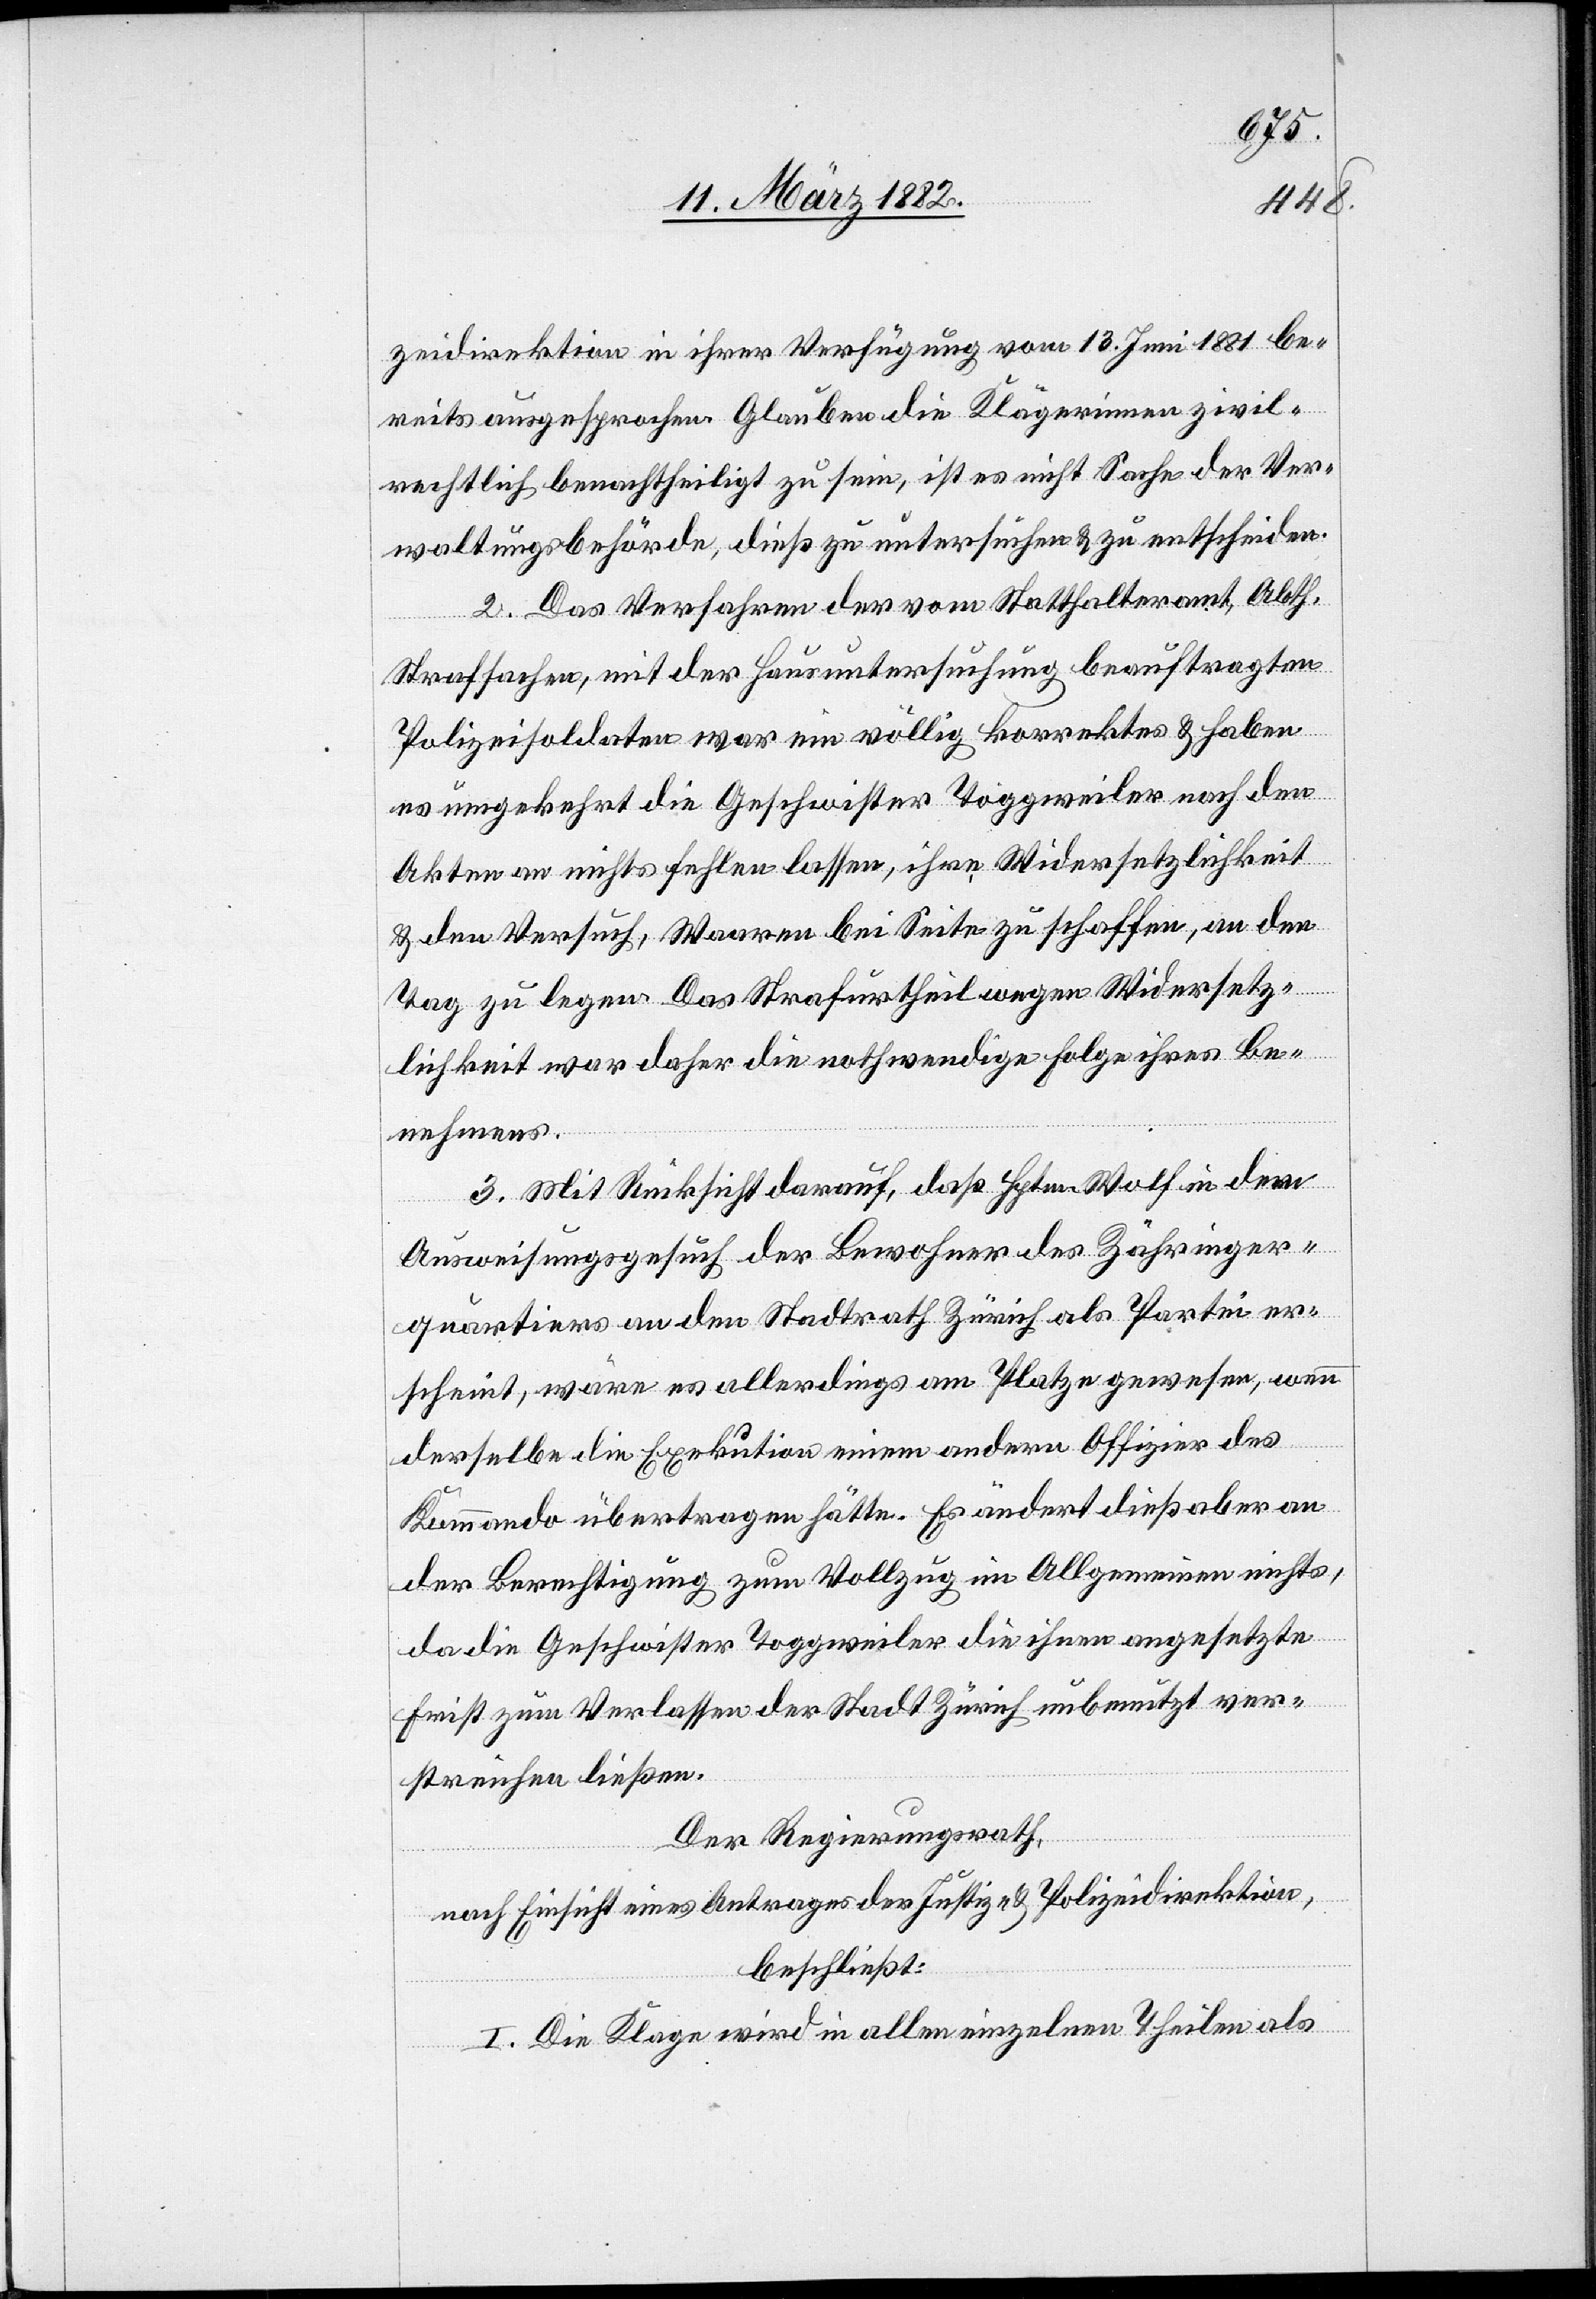
zeidirektion in ihrer Verfügung vom 13. Juni 1881 be¬
reits ausgesprochen. Glauben die Klägerinnen zivil¬
rechtlich benachtheiligt zu sein, ist es nicht Sache der Ver¬
waltungsbehörde, dieß zu untersuchen & zu entscheiden.
2. Das Verfahren der vom Statthalteramt, Abth.
Strafsachen, mit der Hausuntersuchung beauftragten
Polizeisoldaten war ein völlig korrektes & haben
es umgekehrt die Geschwister Toggweiler nach den
Akten an nichts fehlen lassen, ihre Widersetzlichkeit
& den Versuch, Waaren bei Seite zu schaffen, an den
Tag zu legen. Das Strafurtheil wegen Widersetz¬
lichkeit war daher die nothwendige Folge ihres Be¬
nehmens.
3. Mit Rücksicht darauf, daß Hptm. Wolf in dem
Ausweisgesuch der Bewohner des Zähringer¬
quartiers an den Stadtrath Zürich als Partei er¬
scheint, wäre es allerdings am Platze gewesen, wenn
derselbe die Exekution einem anderen Offizier das
Kommando übertragen hätte. Es ändert dieß aber an
der Berechtigung zum Vollzug im Allgemeinen nichts,
da die Geschwister Toggweiler die ihnen angesetzte
Frist zum Verlassen der Stadt Zürich unbenutzt ver¬
streichen ließen.
Der Regierungsrath,
nach Einsicht eines Antrages der Justiz- & Polizeidirektion,
beschließt:
I. Die Klage wird in allen einzelnen Theilen als